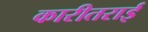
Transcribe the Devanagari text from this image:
कारीतराई